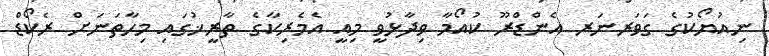
ނިއުޔޯކުގެ ގަވަރނަަރ އެންޑްރޫ ކުއޯމާ ވިިދާޅުވީ މިއީ އެމެރިކާގެ ތާރީޚުގައި މިހާތަނަށް ރެކޯޑް